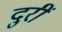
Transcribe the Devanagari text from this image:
दुरीं